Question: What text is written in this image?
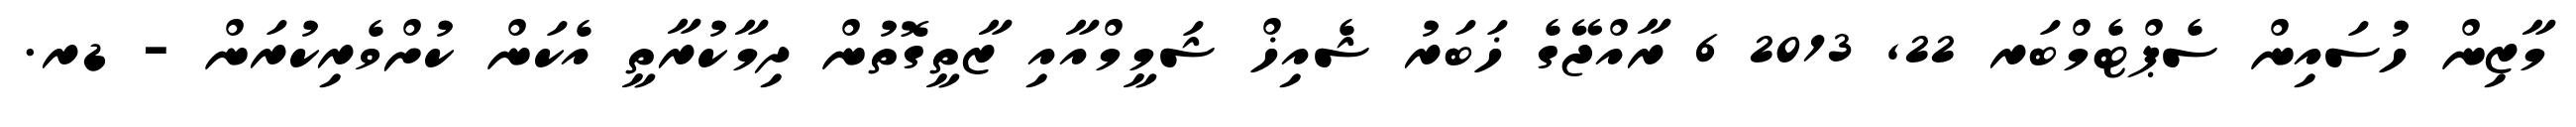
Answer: މާޒިން ހުސައިން ސެޕްޓެމްބަރ 22, 2013 6 ރާއްޖޭގެ ޚަބަރު ޝެއިޚް ޝަމީމްއާއި ޒާތީގޮތުން ދިމާކުރާތީ އެކަން ކުށްވެރިކުރަން - ޑރ.